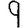
Digit: 9